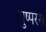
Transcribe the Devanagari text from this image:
पुष्परस